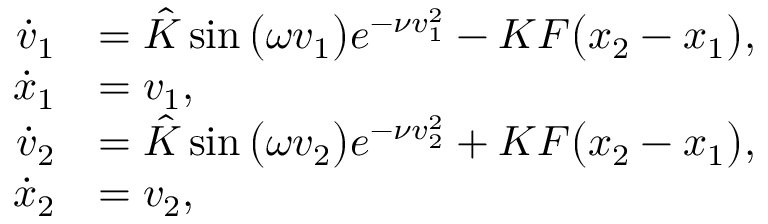
\begin{array} { r l } { \dot { v } _ { 1 } } & { = \hat { K } \sin \big ( \omega { v } _ { 1 } \big ) e ^ { - \nu { v } _ { 1 } ^ { 2 } } - K F \big ( { x } _ { 2 } - { x } _ { 1 } \big ) , } \\ { \dot { x } _ { 1 } } & { = v _ { 1 } , } \\ { \dot { v } _ { 2 } } & { = \hat { K } \sin \big ( \omega { v } _ { 2 } \big ) e ^ { - \nu { v } _ { 2 } ^ { 2 } } + K F \big ( { x } _ { 2 } - { x } _ { 1 } \big ) , } \\ { \dot { x } _ { 2 } } & { = v _ { 2 } , } \end{array}